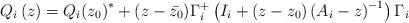
LaTeX: \begin{align*}Q_{i}\left( z \right)={Q_{i}(z_{0})}^{\ast }+(z-\bar{z_{0}})\Gamma _{i}^{+}\left( I_{i}+\left( z-z_{0} \right)\left( A_{i}-z \right)^{-1} \right)\Gamma_{i}\end{align*}